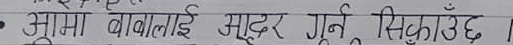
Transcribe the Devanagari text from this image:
आमा बुवालाई सुदर गर्नु सिकाउँछ।